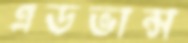
এডভান্স